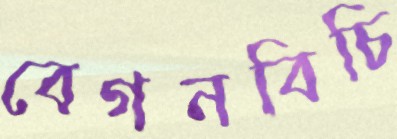
বেগনবিচি